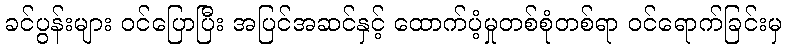
ခင်ပွန်းများ ဝင်ပြောပြီး အပြင်အဆင်နှင့် ထောက်ပံ့မှုတစ်စုံတစ်ရာ ဝင်ရောက်ခြင်းမှ